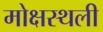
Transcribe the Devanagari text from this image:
मोक्षस्थली